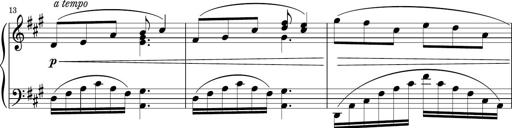
Title: Sonatina PandemÃ³nium
Composer: VÃ­ctor Carbajo
Key: C major